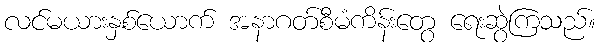
လင်မယားနှစ်ယောက် အနာဂတ်စီမံကိန်းတွေ ရေးဆွဲကြသည်။